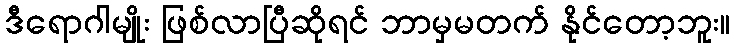
ဒီရောဂါမျိုး ဖြစ်လာပြီဆိုရင် ဘာမှမတက် နိုင်တော့ဘူး။